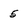
Character: 5